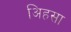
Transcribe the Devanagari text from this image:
अिहसा